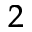
^ { 2 }